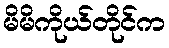
မိမိကိုယ်တိုင်က